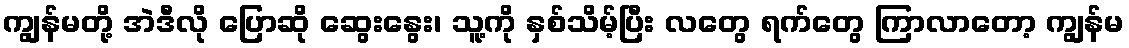
ကျွန်မတို့ အဲဒီလို ပြောဆို ဆွေးနွေး၊ သူ့ကို နှစ်သိမ့်ပြီး လတွေ ရက်တွေ ကြာလာတော့ ကျွန်မ